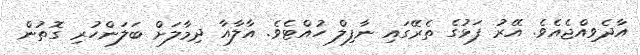
އާދެވިއްޖެއެވެ. އޭރު ފަޅުގެ ތެރޭގައި ނާފިލް ހުއްޓެވެ. އާލާއާ ދިމާލަށް ބަލަންހުރި ގޮތުން